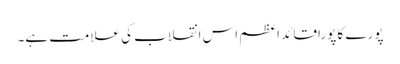
پورے کا پورا قائد اعظم اس انقلاب کی علامت ہے۔